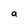
Character: a